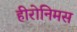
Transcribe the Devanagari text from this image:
हीरोनिमस